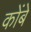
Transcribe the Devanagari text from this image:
कोंबे